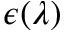
\epsilon ( \lambda )